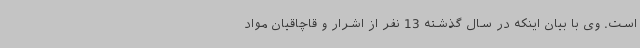
است. وی با بیان اینکه در سال گذشته 13 نفر از اشرار و قاچاقیان مواد